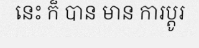
នេះ ក៏ បាន មាន ការប្តូរ